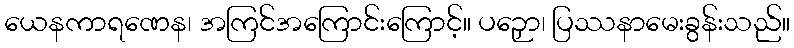
ယေနကာရဏေန၊ အကြင်အကြောင်းကြောင့်။ ပဉှော၊ ပြဿနာမေးခွန်းသည်။